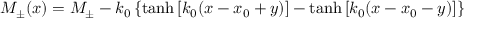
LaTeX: M _ { \pm } ( x ) = M _ { \pm } - k _ { 0 } \left\{ \operatorname { t a n h } \left[ k _ { 0 } ( x - x _ { 0 } + y ) \right] - \operatorname { t a n h } \left[ k _ { 0 } ( x - x _ { 0 } - y ) \right] \right\}